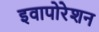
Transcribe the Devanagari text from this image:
इवापोरेशन